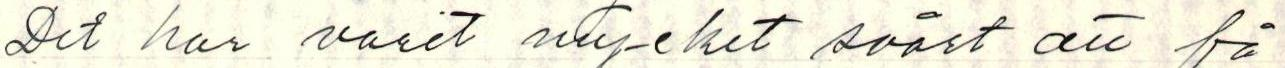
Det har varit mycket svårt att få